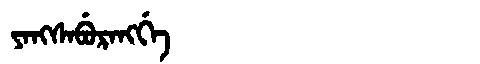
Manchu: ᠶᠠᠩᠰᠠᠪᡠᡵᠠᠩᡤᡝ
Romanization: YANGSABURANGGE